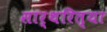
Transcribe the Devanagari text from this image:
सार्थरित्या